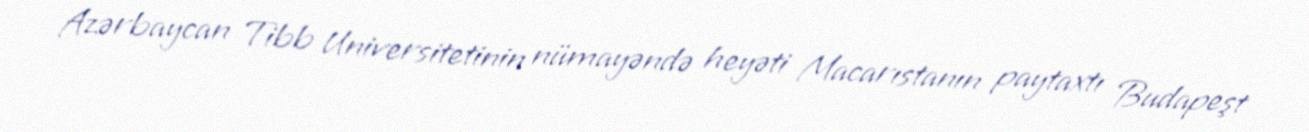
Azərbaycan Tibb Universitetinin nümayəndə heyəti Macarıstanın paytaxtı Budapeşt